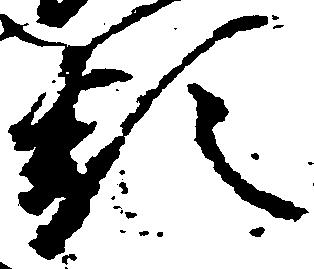
類